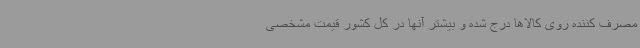
مصرف کننده روی کالاها درج شده و بیشتر آنها در کل کشور قیمت مشخصی